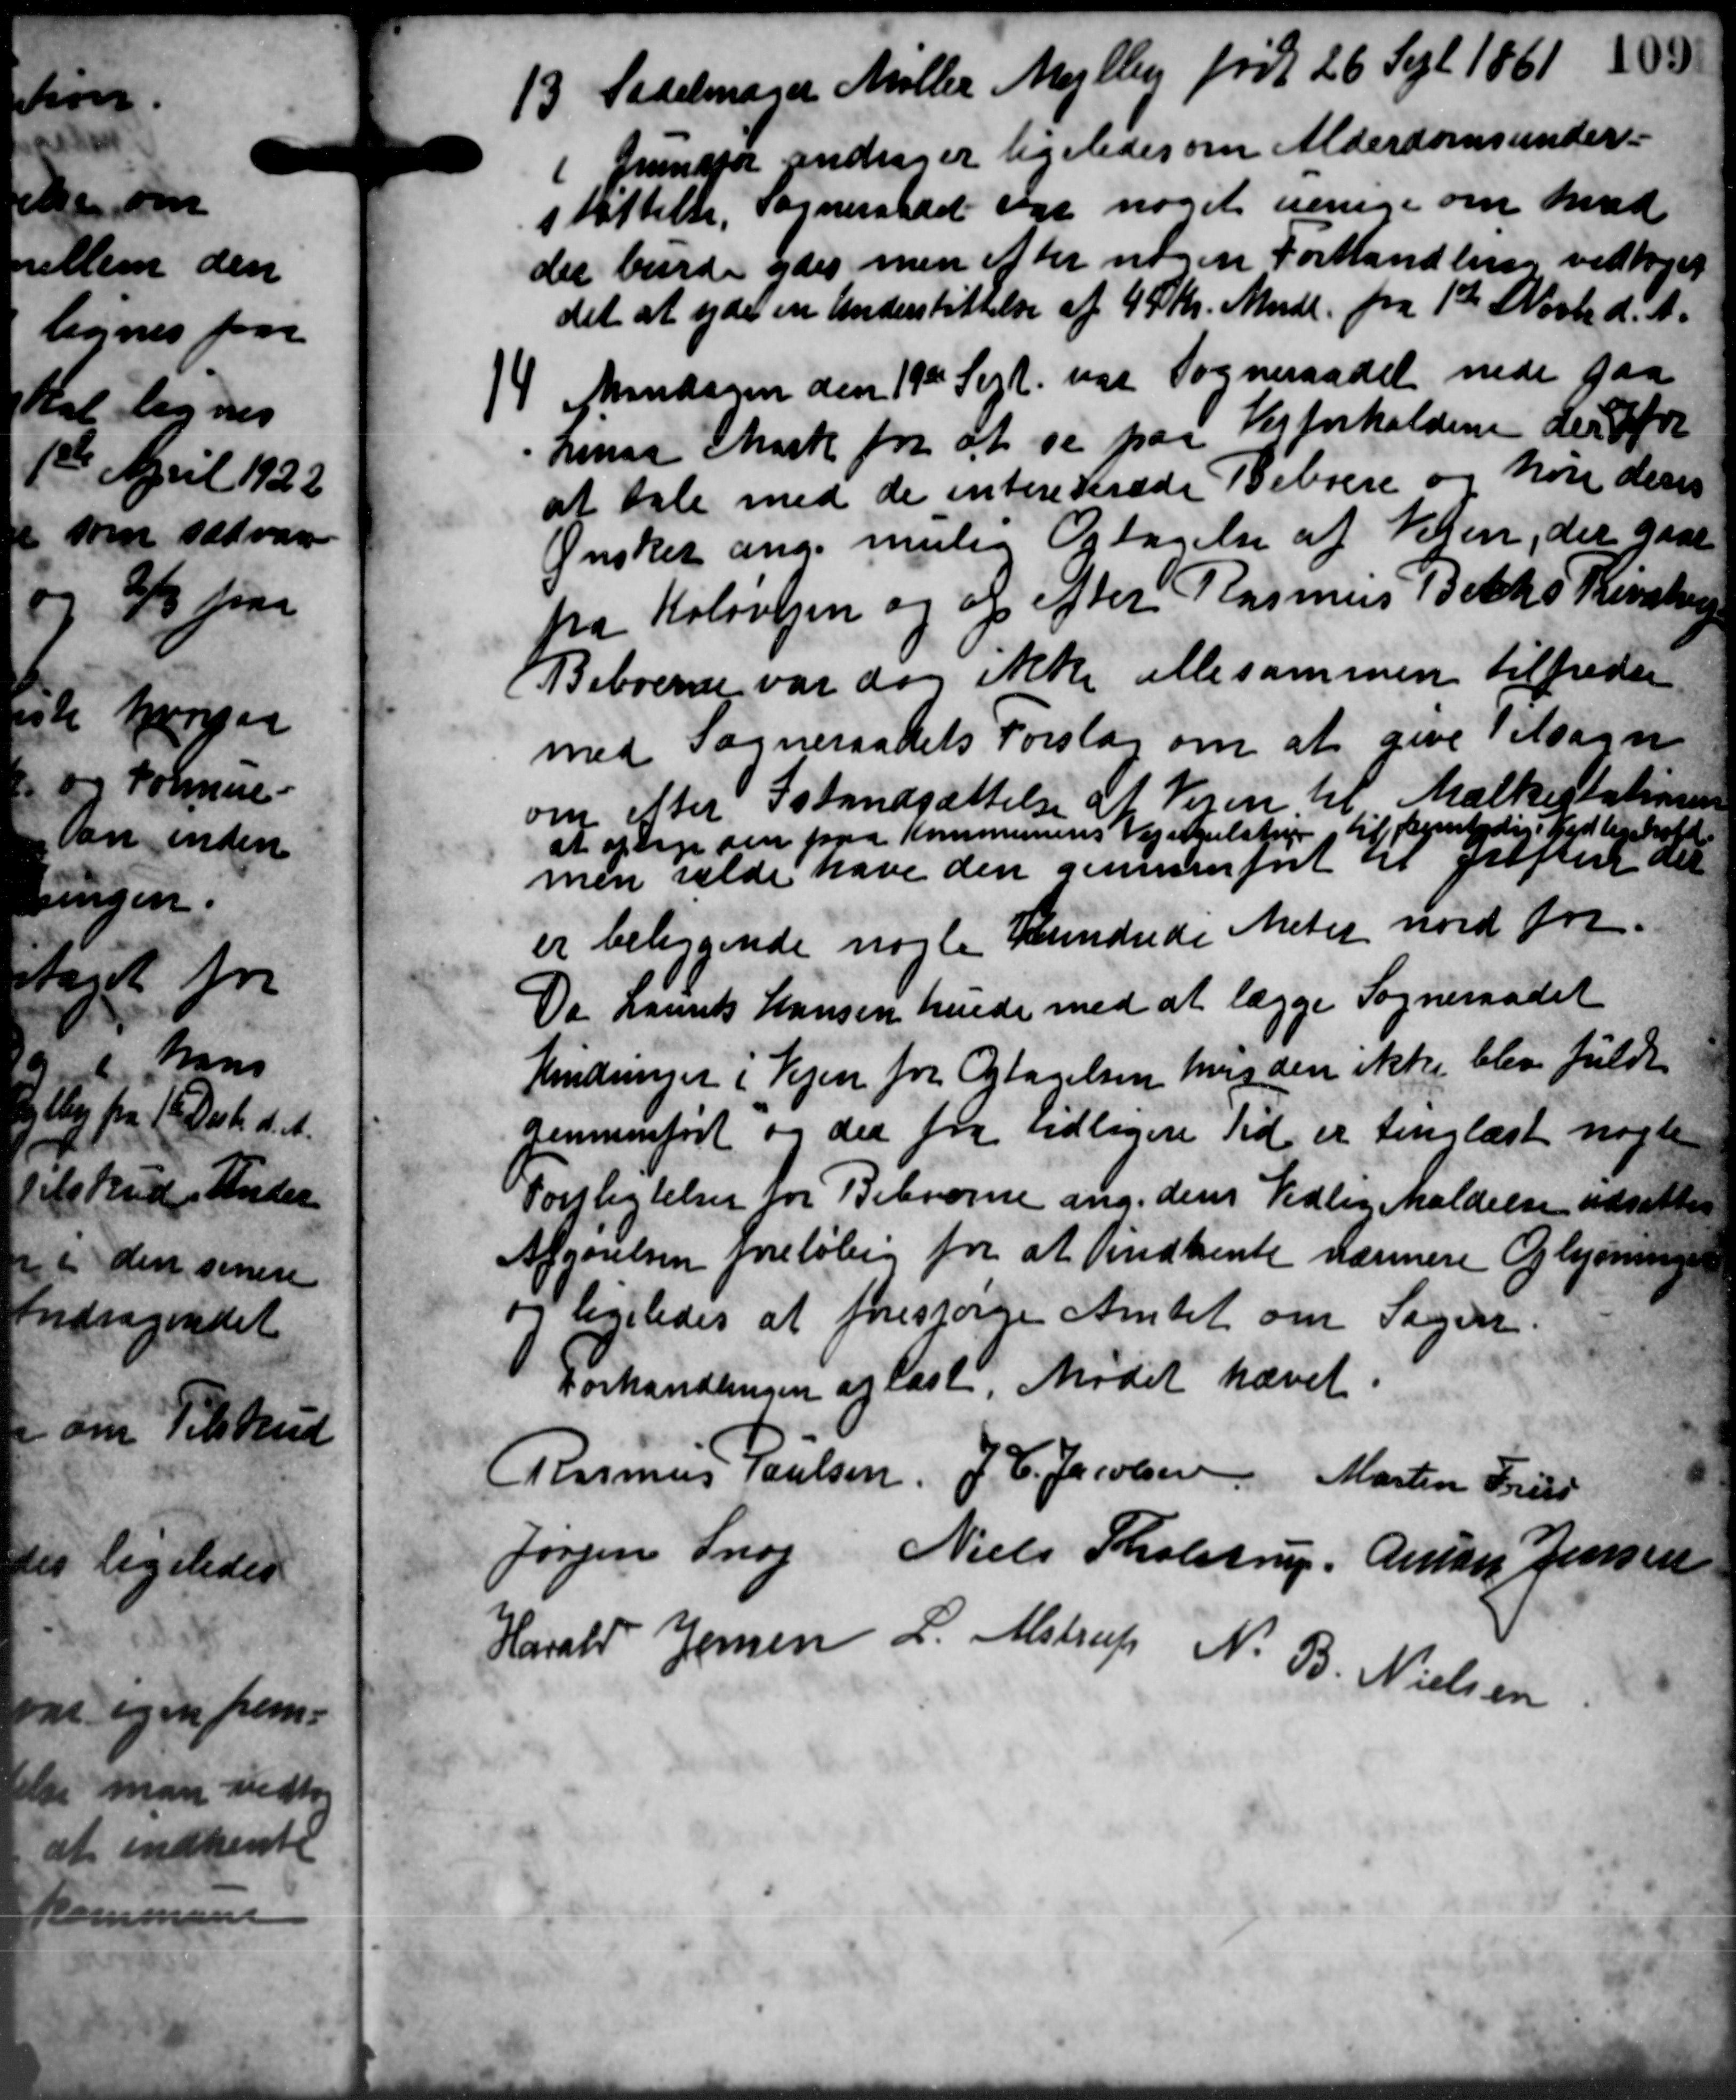
Transskription:
13 Sadelmager Møller Mejlby født 26 Sept 1861 188
13 Sadelmager Møller Mejlby født 26 Sept 1861 188
1 Grundfor andrager ligeledes om Alderdomsunder-
støttelse. Sogneraadet og noget verige om med
der burde ydes men efter nogen Forhandling vedtoges
det at yde en Understøttelse af 45 Kr. Mndl. fra 1ste Novbr d. A.
4 Mandagen den 19de Sept. var Sogneraadet nede paa
4 Mandagen den 19de Sept. var Sogneraadet nede paa
hende Mark for at se paa Vejforholdene der fre
at tale med de interederede Beboere og høre der
Ønsker ang. maler Optagelse af Vejen, der gaar
fra Holsvejen og af efter Rasmus Bachs Kunstrup
Beboerne var dog ikke alle sammen tilfreder
med Sogneraadets Forslag om at give tilsagn
om efter Istandsættelse af Vejen til Malkistationen
at optage den paa Kommunens Vejelstrup, til fremtidige Vedligehold
men vælde have den gennemført til Gregen der
er beliggende nogle Hundrede Meter nord for-
Da Laurits Hansen hende med at lægge Sogneraadet
Hendringer i Vejen for Optagelsen hvor den ikke blev fuldt
gennemført og der fra udlagere Tid er tinglæst nogle
Forpligtelser for Beboerne ang. dens Vedlig Moldelse udsattes
Afgørelsen foreløbig for at indhente nærmere Oplysninge
og ligeledes at forespørge Amtet om Sagen.
Forhandlingen af læst. Mødet hævet
Rasmus Poulsen J. C. Jacobsen Martin Fred
Jørgen Snog Niels Tholstrup, Ander Jensen
Harald Jensen L. Alstrup N. B. Nielsen